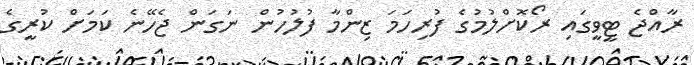
ރާއްޖެ ޓީވީގައި ރޯކޮށްލުމުގެ ފުރިހަމަ ޒިންމާ ފުލުހުން ނަގަން ޖެހޭނެ ކަމަށް ކުރީގެ